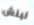
لينش